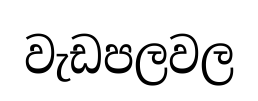
වැඩපලවල